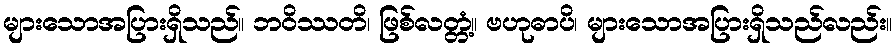
များသောအပြားရှိသည်။ ဘဝိဿတိ၊ ဖြစ်လတ္တံ့။ ဗဟုဓာပိ၊ များသောအပြားရှိသည်လည်း။